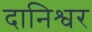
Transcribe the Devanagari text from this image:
दानिश्वर